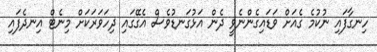
ހިނގާފައި ނުކުމެ ގެއަށް ވަޑައިގެންނެވީ ދެން އަޅުގަނޑުވެސް އެގޭގައި ދިހަވަރަކަށް މިނެޓް އިނދެފައި